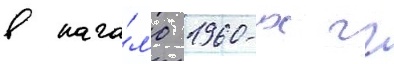
в нача́л'е 1960-х гг